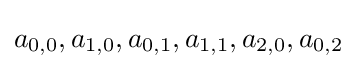
a_{0,0},a_{1,0},a_{0,1},a_{1,1},a_{2,0},a_{0,2}